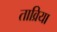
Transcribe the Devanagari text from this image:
ताव्रिया